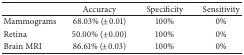
<table><thead><tr><td><b> </b></td><td><b>Accuracy</b></td><td><b>Specificity</b></td><td><b>Sensitivity</b></td></tr></thead><tbody><tr><td>Mammograms</td><td>68.03% (±0.01)</td><td>100%</td><td>0%</td></tr><tr><td>Retina</td><td>50.00% (±0.00)</td><td>100%</td><td>0%</td></tr><tr><td>Brain MRI</td><td>86.61% (±0.03)</td><td>100%</td><td>0%</td></tr></tbody></table>